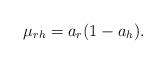
LaTeX: \begin{align*} \mu_{rh} = a_r(1 - a_h). \end{align*}